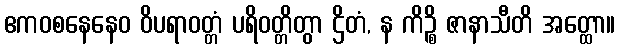
ဧကဝစနေနေဝ ဝိပရာဝတ္တံ ပရိဝတ္တိတွာ ဌိတံ, န ကိဉ္စိ ဇာနာသီတိ အတ္ထော။